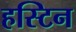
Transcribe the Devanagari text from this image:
हस्टिन